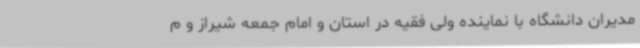
مدیران دانشگاه با نماینده ولی فقیه در استان و امام جمعه شیراز و م